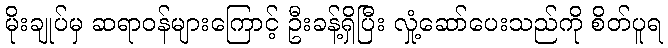
မိုးချုပ်မှ ဆရာဝန်များကြောင့် ဦးခန့်ရှိပြီး လှုံ့ဆော်ပေးသည်ကို စိတ်ပူရ